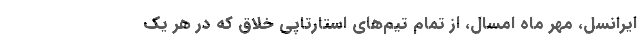
ایرانسل، مهر ماه امسال، از تمام تیم‌های استارتاپیِ خلاق که در هر یک